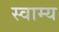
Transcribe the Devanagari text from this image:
स्वाम्य